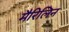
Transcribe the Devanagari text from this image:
मैरिलिन